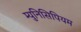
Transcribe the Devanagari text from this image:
म्युनिसिपियम